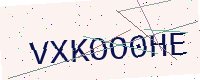
Text: VXKOO0HE